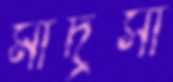
মাদ্রসা